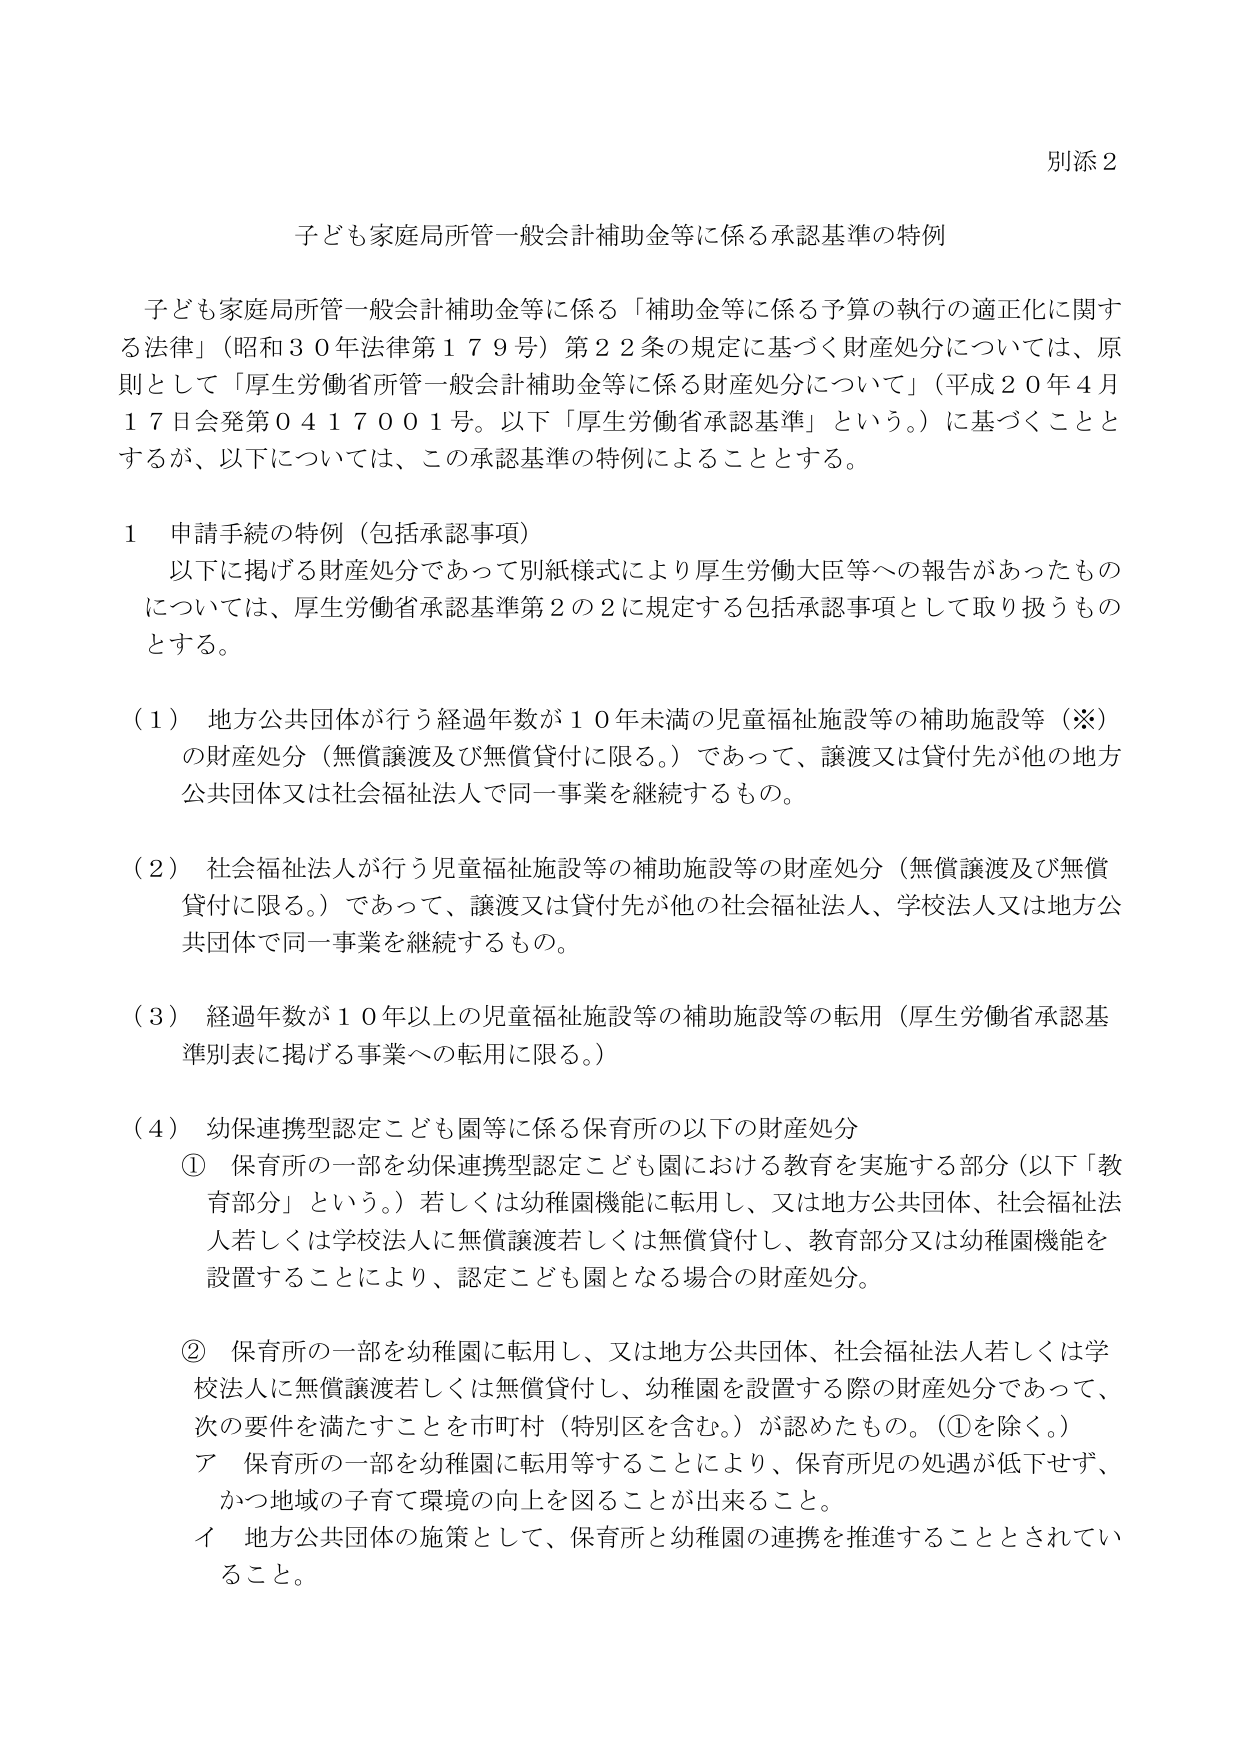
別添２

子ども家庭局所管一般会計補助金等に係る承認基準の特例

子ども家庭局所管一般会計補助金等に係る「補助金等に係る予算の執行の適正化に関する法律」（昭和３０年法律第１７９号）第２２条の規定に基づく財産処分については、原則として「厚生労働省所管一般会計補助金等に係る財産処分について」（平成２０年４月１７日会発第０４１７００１号。以下「厚生労働省承認基準」という。）に基づくこととするが、以下については、この承認基準の特例によることとする。

１ 申請手続の特例（包括承認事項）
　以下に掲げる財産処分であって別紙様式により厚生労働大臣等への報告があったものについては、厚生労働省承認基準第２の２に規定する包括承認事項として取り扱うものとする。

（１）地方公共団体が行う経過年数が１０年未満の児童福祉施設等の補助施設等（※）の財産処分（無償譲渡及び無償貸付に限る。）であって、譲渡又は貸付先が他の地方公共団体又は社会福祉法人で同一事業を継続するもの。

（２）社会福祉法人が行う児童福祉施設等の補助施設等の財産処分（無償譲渡及び無償貸付に限る。）であって、譲渡又は貸付先が他の社会福祉法人、学校法人又は地方公共団体で同一事業を継続するもの。

（３）経過年数が１０年以上の児童福祉施設等の補助施設等の転用（厚生労働省承認基準別表に掲げる事業への転用に限る。）

（４）幼保連携型認定こども園等に係る保育所の以下の財産処分
　① 保育所の一部を幼保連携型認定こども園における教育を実施する部分（以下「教育部分」という。）若しくは幼稚園機能に転用し、又は地方公共団体、社会福祉法人若しくは学校法人に無償譲渡若しくは無償貸付し、教育部分又は幼稚園機能を設置することにより、認定こども園となる場合の財産処分。

　② 保育所の一部を幼稚園に転用し、又は地方公共団体、社会福祉法人若しくは学校法人に無償譲渡若しくは無償貸付し、幼稚園を設置する際の財産処分であって、次の要件を満たすことを市町村（特別区を含む。）が認めたもの。（①を除く。）
　　ア 保育所の一部を幼稚園に転用等することにより、保育所児の処遇が低下せず、かつ地域の子育て環境の向上を図ることが出来ること。
　　イ 地方公共団体の施策として、保育所と幼稚園の連携を推進することとされていること。